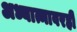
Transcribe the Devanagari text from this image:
अध्यात्मावरही